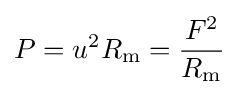
P=u^{2}R_{\mathrm {m} }={F^{2} \over R_{\mathrm {m} }}